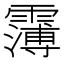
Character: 𩅿